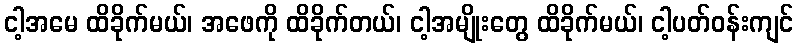
ငါ့အမေ ထိခိုက်မယ်၊ အဖေကို ထိခိုက်တယ်၊ ငါ့အမျိုးတွေ ထိခိုက်မယ်၊ ငါ့ပတ်ဝန်းကျင်